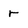
Character: r